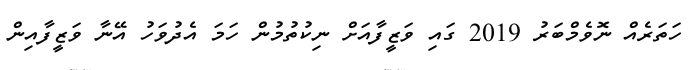
ހަތަރެއް ނޮވެމްބަރު 2019 ގައި ވަޒީފާއަށް ނިކުތުމުން ހަމަ އެދުވަހު އޭނާ ވަޒީފާއިން